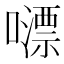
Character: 𡁼